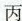
丙